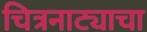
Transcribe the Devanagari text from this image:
चित्रनाट्याचा